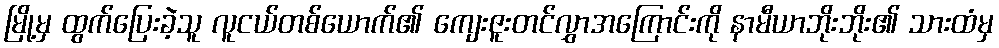
မြို့မှ ထွက်ပြေးခဲ့သူ လူငယ်တစ်ယောက်၏ ကျေးဇူးတင်လွှာအကြောင်းကို နာမီယာဘိုးဘိုး၏ သားထံမှ